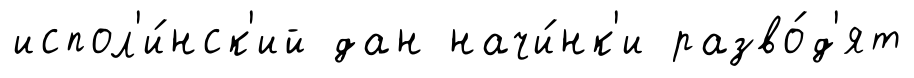
испол'и́нск'ий дан начи́нк'и разво́д'ят